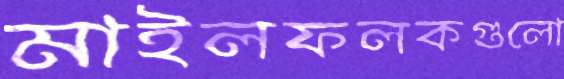
মাইলফলকগুলো